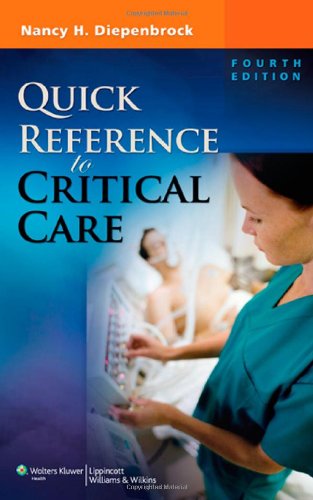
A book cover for Quick Reference to Critical Care; Nancy H. Diepenbrock RN  CCRN; Medical Books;